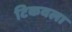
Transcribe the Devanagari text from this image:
टिकवला